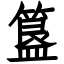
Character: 簋